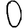
Digit: 0